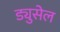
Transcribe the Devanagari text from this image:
ड्युसेल